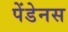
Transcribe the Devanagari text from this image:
पेंडेनस